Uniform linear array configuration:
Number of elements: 8
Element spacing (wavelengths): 1
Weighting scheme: uniform
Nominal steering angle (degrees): -15
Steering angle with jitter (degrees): -15.879
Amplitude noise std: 0.05
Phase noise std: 0.05

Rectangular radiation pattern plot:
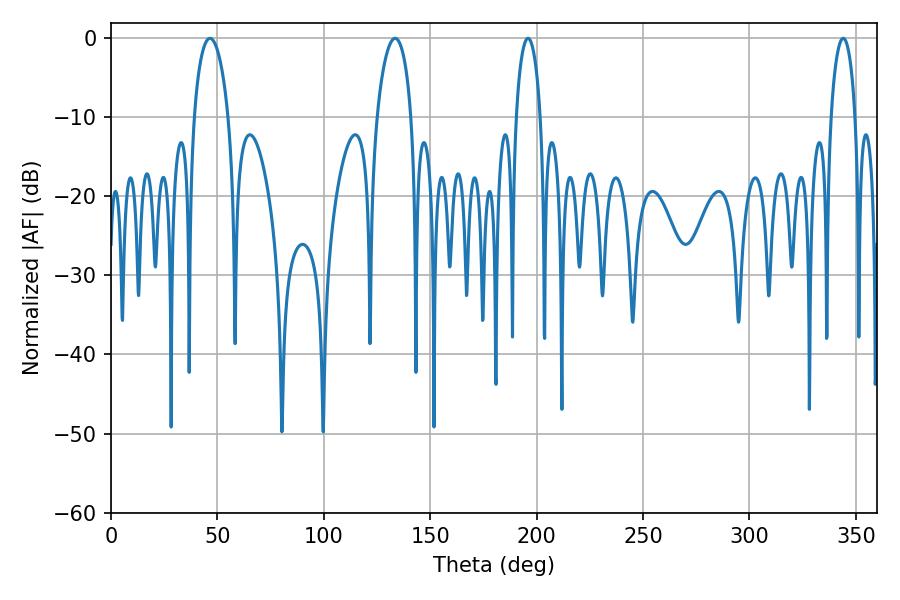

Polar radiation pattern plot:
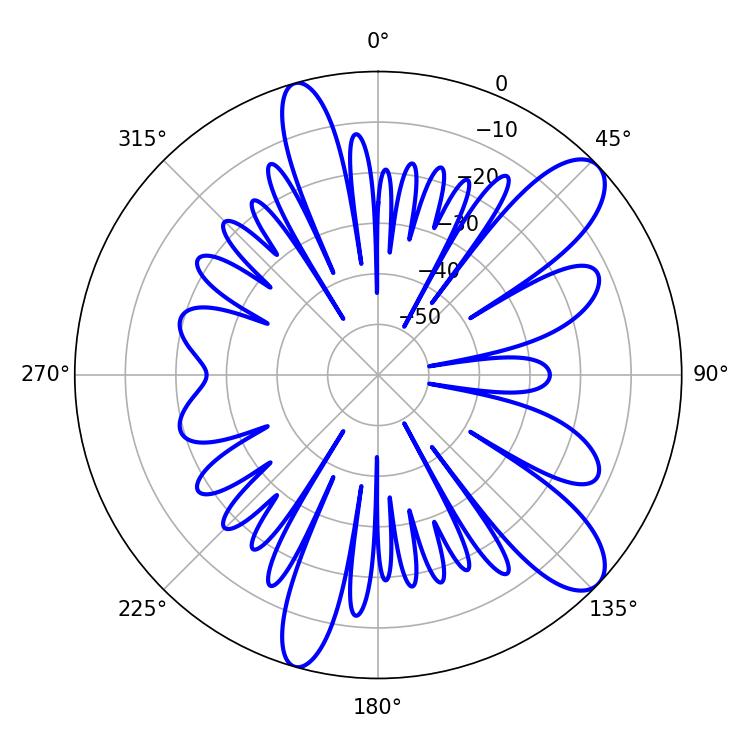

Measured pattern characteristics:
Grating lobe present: TRUE
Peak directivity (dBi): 10.303
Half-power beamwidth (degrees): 9.18
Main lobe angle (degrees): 46.44